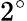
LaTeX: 2^{\circ}